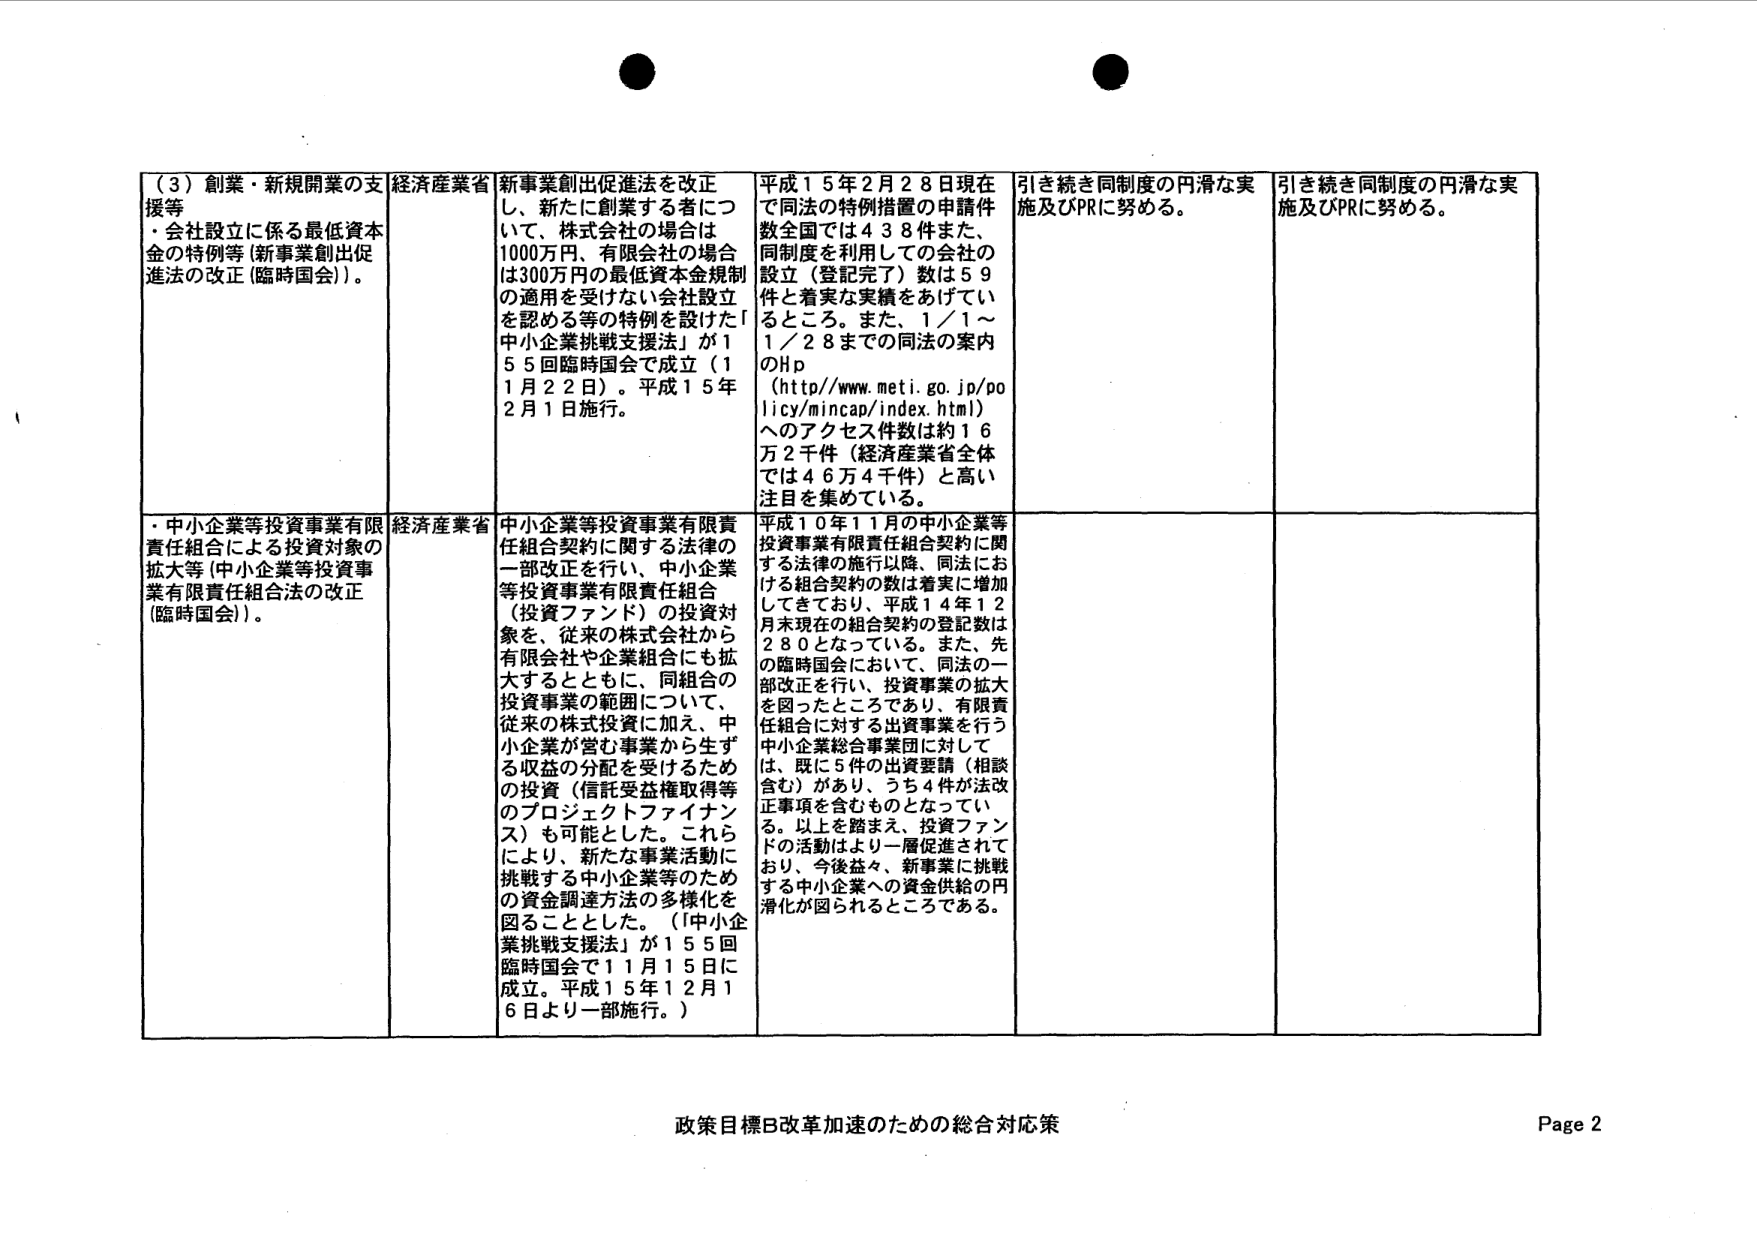
(3) 創業・新規開業の支援等
・会社設立に係る最低資本金の特例等（新事業創出促進法の改正（臨時国会））。

経済産業省
新事業創出促進法を改正し、新たに創業する者について、株式会社の場合は1000万円、有限会社の場合は300万円の最低資本金規制の適用を受けない会社設立を認める等の特例を設けた「中小企業挑戦支援法」が155回臨時国会で成立（11月22日）。平成15年2月1日施行。

平成15年2月28日現在で同法の特例措置の申請件数全国では438件また、同制度を利用しての会社の設立（登記完了）数は59件と着実な実績をあげているところ。また、1/1～1/28までの同法の案内のHp（http://www.meti.go.jp/policy/mincap/index.html）へのアクセス件数は約16万2千件（経済産業省全体では46万4千件）と高い注目を集めている。

引き続き同制度の円滑な実施及びPRに努める。
引き続き同制度の円滑な実施及びPRに努める。

・中小企業等投資事業有限責任組合による投資対象の拡大等（中小企業等投資事業有限責任組合法の改正（臨時国会））。

経済産業省
中小企業等投資事業有限責任組合契約に関する法律の一部改正を行い、中小企業等投資事業有限責任組合（投資ファンド）の投資対象を、従来の株式会社から有限会社や企業組合にも拡大するとともに、同組合の投資事業の範囲について、従来の株式投資に加え、中小企業が営む事業から生ずる収益の分配を受けるための投資（信託受益権取得等のプロジェクトファイナンス）も可能とした。これにより、新たな事業活動に挑戦する中小企業等のための資金調達方法の多様化を図ることとした。（「中小企業挑戦支援法」が155回臨時国会で11月15日に成立。平成15年12月16日より一部施行。）

平成10年11月の中小企業等投資事業有限責任組合契約に関する法律の施行以降、同法における組合契約の数は着実に増加してきており、平成14年12月末現在の組合契約の登記数は280となっている。また、先の臨時国会において、同法の一部改正を行い、投資事業の拡大を図ったところであり、有限責任組合に対する出資事業を行う中小企業総合事業団に対しては、既に5件の出資要請（相談含む）があり、うち4件が法改正事項を含むものとなっている。以上を踏まえ、投資ファンドの活動はより一層促進されており、今後益々、新事業に挑戦する中小企業への資金供給の円滑化が図られるところである。

政策目標B改革加速のための総合対応策
Page 2